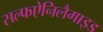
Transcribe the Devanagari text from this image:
सल्फऐनिलैमाइड